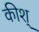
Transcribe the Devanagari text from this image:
कीश्